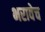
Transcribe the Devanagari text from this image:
भरावेच